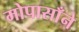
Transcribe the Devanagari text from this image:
मोपासाँने